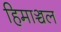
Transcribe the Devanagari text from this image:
हिमाञ्चल